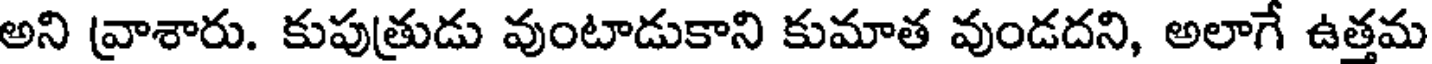
అని వ్రాశారు. కుపుత్రుడు వుంటాడుకాని కుమాత వుండదని, అలాగే ఉత్తమ